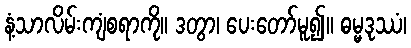
နံ့သာလိမ်းကျံစရာကို။ ဒတွာ၊ ပေးတော်မူ၍။ ဓမ္မဒုဿံ၊